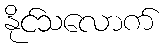
နိုင်သလောက်